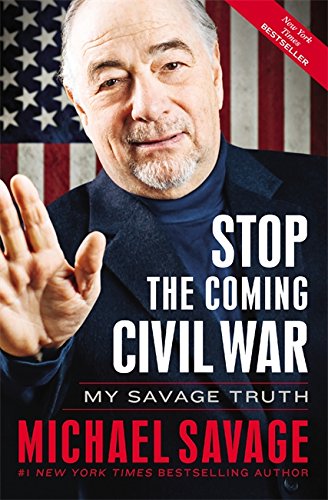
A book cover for Stop the Coming Civil War: My Savage Truth; Michael Savage; Politics & Social Sciences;